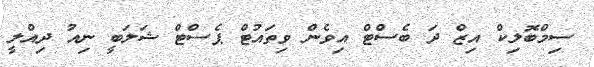
ސިމްބޮލިކް އިޒް ދަ ބެސްޓް އިވެން ވިތައުޓް ޕެސްޓް ޝަލަބީ ނިއު ދިއްލީ